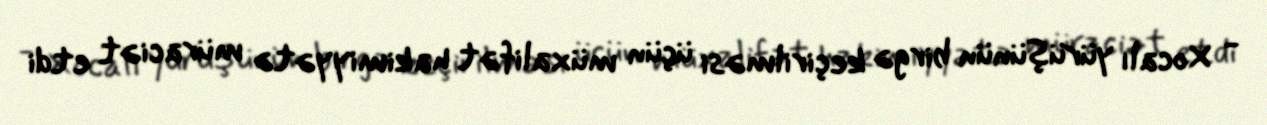
- Xocalı yürüşünün birgə keçirilməsi üçün müxalifət hakimiyyətə müraciət etdi